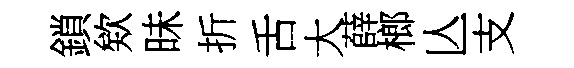
鎖欸昧折舌大薛榔亾支